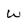
Character: w